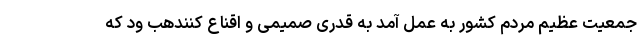
جمعیت عظیم مردم کشور به عمل آمد به قدری صمیمی و اقناع کنندهب ود که